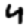
Digit: 4